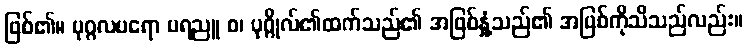
ဖြစ်၏။ ပုဂ္ဂလပရော ပရညူ စ၊ ပုဂ္ဂိုလ်၏ထက်သည်၏ အဖြစ်နှုံ့သည်၏ အဖြစ်ကိုသိသည်လည်း။